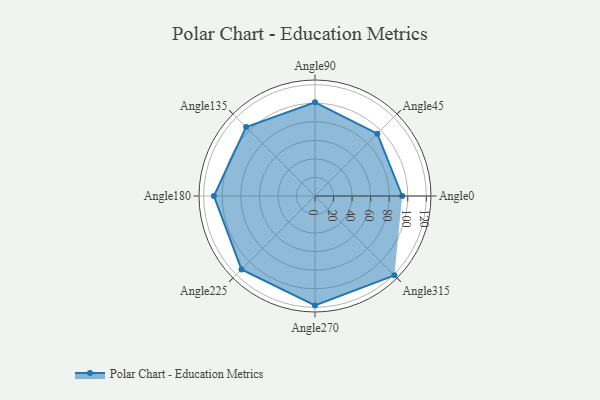
{"axis": {"x": "Angle", "y": "Radius"}, "legend": [""], "data": [{"x": "Angle0", "y": 94.0, "type": ""}, {"x": "Angle45", "y": 95.0, "type": ""}, {"x": "Angle90", "y": 101.0, "type": ""}, {"x": "Angle135", "y": 105.0, "type": ""}, {"x": "Angle180", "y": 109.0, "type": ""}, {"x": "Angle225", "y": 112.0, "type": ""}, {"x": "Angle270", "y": 118.0, "type": ""}, {"x": "Angle315", "y": 121.0, "type": ""}]}